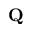
\mathbf { Q }